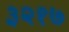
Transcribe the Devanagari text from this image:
३२१७